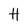
Character: H